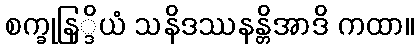
စက္ခုနြ္ဒိယံ သနိဒဿနန္တိအာဒိ ကထာ။